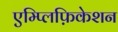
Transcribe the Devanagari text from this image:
एम्प्लिफ़िकेशन